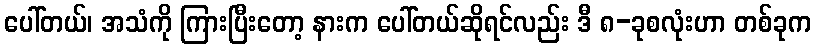
ပေါ်တယ်၊ အသံကို ကြားပြီးတော့ နားက ပေါ်တယ်ဆိုရင်လည်း ဒီ ၈-ခုစလုံးဟာ တစ်ခုက